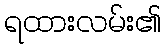
ရထားလမ်း၏